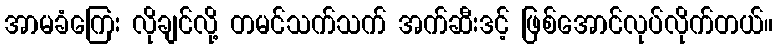
အာမခံကြေး လိုချင်လို့ တမင်သက်သက် အက်ဆီးဒင့် ဖြစ်အောင်လုပ်လိုက်တယ်။